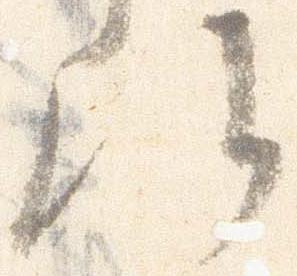
候